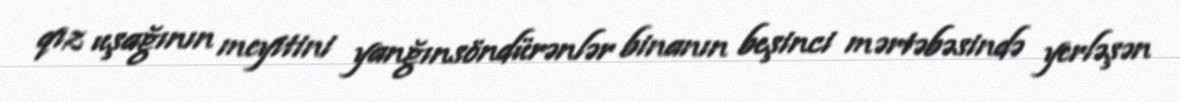
qız uşağının meyitini yanğınsöndürənlər binanın beşinci mərtəbəsində yerləşən